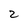
Character: 2